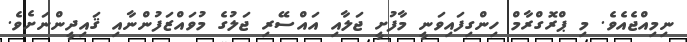
ނިމިއްޖެއެވެ. މި ޕްރޮގްރާމް ހިންގިފައިވަނީ މާފުށީ ޖަލާއި އައްސޭރި ޖަލުގެ މުވައްޒަފުންނާއި ޤައިދީންނަށެވެ.